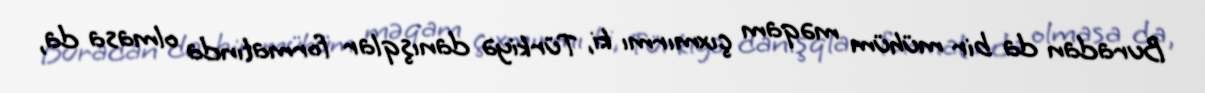
Buradan da bir mühüm məqam çıxmırmı ki, Türkiyə danışqlar formatında olmasa da,